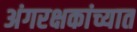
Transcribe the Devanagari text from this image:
अंगरक्षकांच्यात